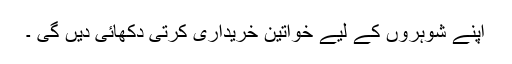
اپنے شوہروں کے لیے خواتین خریداری کرتی دکھائی دیں گی ۔